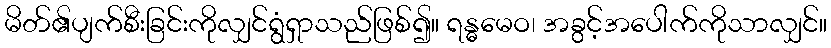
မိတ်၏ပျက်စီးခြင်းကိုလျှင်ရွံရှာသည်ဖြစ်၍။ ရန္ဓမေဝ၊ အခွင့်အပေါက်ကိုသာလျှင်။